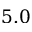
5 . 0